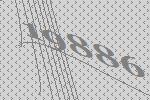
19886